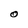
Character: O